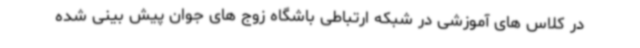
در کلاس های آموزشی در شبکه ارتباطی باشگاه زوج های جوان پیش بینی شده